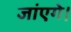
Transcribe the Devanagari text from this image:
जांएगे।